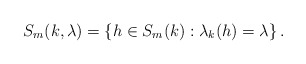
\begin{align*} S_m(k,\lambda) = \left\{ h \in S_m(k): \lambda_k(h) =\lambda \right\}. \end{align*}